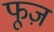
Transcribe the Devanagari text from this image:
फूज़